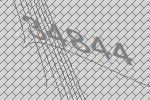
34844